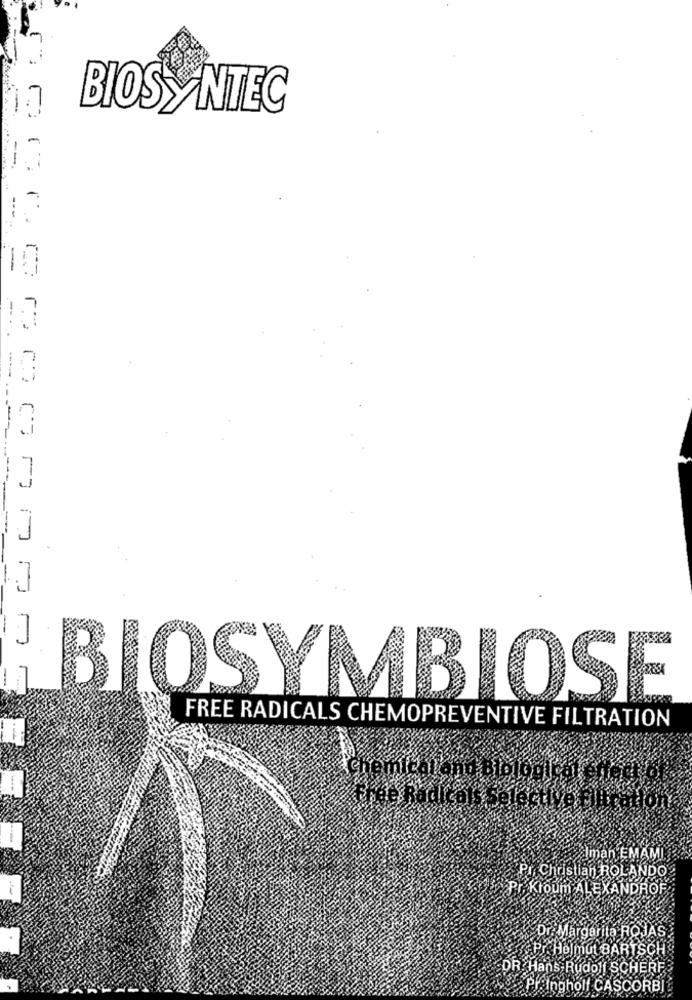
.7
BIOSYNTEC
......
10
--
..
BIOSYMBIOSE
FREE RADICALS CHEMOPREVENTIVE FILTRATION
Alman EMAM
Pr. Christian ROLANDO
Pr. Kroum ALEXANDROF
Dr. Margarita ROJAS
Pr. Helmut BARTSCH
DR. Hans Rudolf SCHERF
Pringholf CASCORBI